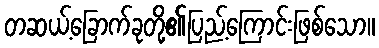
တဆယ့်ခြောက်ခုတို့၏ပြည့်ကြောင်းဖြစ်သော။